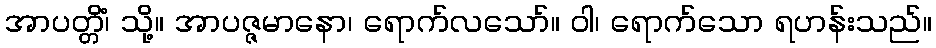
အာပတ္တိံ၊ သို့။ အာပဇ္ဇမာနော၊ ရောက်လသော်။ ဝါ၊ ရောက်သော ရဟန်းသည်။